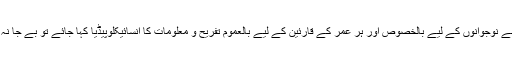
اگر اسے نوجوانوں کے لیے بالخصوص اور ہر عمر کے قارئین کے لیے بالعموم تفریح و معلومات کا انسائیکلوپیڈیا کہا جائے تو بے جا نہ ہو گا۔